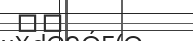
٩٣